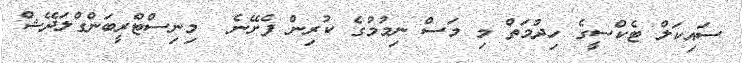
ސައިކަލް ޓެކްސީގެ ހިދުމަތް މި މަސް ނިމުމުގެ ކުރިން ފެށޭނެ  މިނިސްޓްރީބަންގްލަދޭޝް